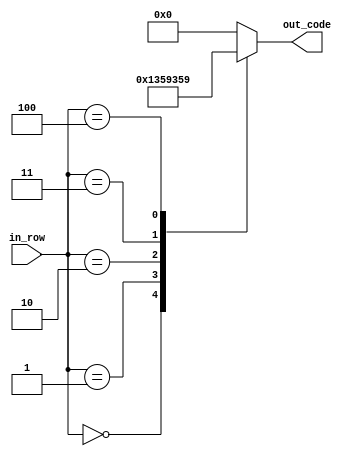
module bmod(
	 input [2:0] in_row,
    output reg [4:0] out_code
    );

parameter [4:0] d_0 = 5'b10011; // X  XX
parameter [4:0] d_1 = 5'b01011; //  X XX
parameter [4:0] d_2 = 5'b00100; //   X
parameter [4:0] d_3 = 5'b11010; // XX X
parameter [4:0] d_4 = 5'b11001; // XX  X


always @ *
begin
	case (in_row)
		3'b000:
			out_code = d_0;
		3'b001:
			out_code = d_1;
		3'b010:
			out_code = d_2;
		3'b011:
			out_code = d_3;
		3'b100:
			out_code = d_4;
		default:
			out_code = 5'b0;
	endcase
end

endmodule